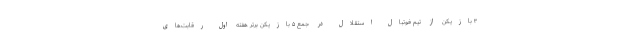
۳ بازیکن از تیم فوتبال استقلال در جمع ۵ بازیکن برتر هفته اول رقابت‌های